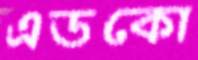
এডকো